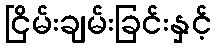
ငြိမ်းချမ်းခြင်းနှင့်